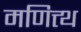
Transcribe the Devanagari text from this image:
मणित्त्थ